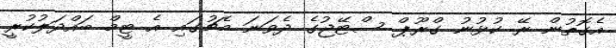
އެގޮތުން ރޭ ކުޅުނު ގްރޫޕް ސްޓޭޖުގެ ދެވަނަ މެޗުގައި އެ ޓީމް ބައްދަލުކުރީ